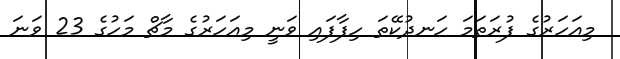
މިއަހަރުގެ ފުރަތަމަ ހަނދުކޭތަ ހިފާފައި ވަނީ މިއަހަރުގެ މާޗް މަހުގެ 23 ވަނަ